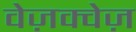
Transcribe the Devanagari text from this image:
वेज़क्वेज़